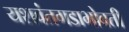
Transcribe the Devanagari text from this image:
यशवंतगडाभोवती